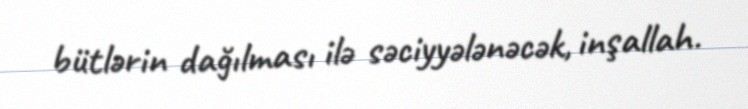
bütlərin dağılması ilə səciyyələnəcək, inşallah.